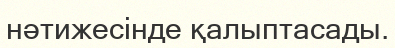
нәтижесінде қалыптасады.